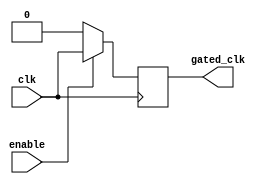
module conditional_clock_gating (
    input wire clk,               // Primary clock signal
    input wire enable,            // Enable signal for clock gating
    output reg gated_clk          // Gated clock signal
);

// Gating Logic
always @(posedge clk) begin
    if (enable) begin
        gated_clk <= clk;        // Pass through the primary clock when enabled
    end else begin
        gated_clk <= 1'b0;       // Hold low when not enabled
    end
end

endmodule